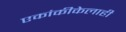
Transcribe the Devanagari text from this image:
एकांकीकेलाही